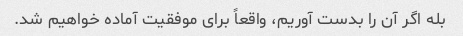
بله اگر آن را بدست آوریم، واقعاً برای موفقیت آماده خواهیم شد.